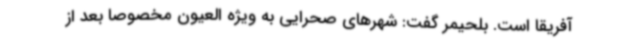
آفریقا است. بلحیمر گفت: شهرهای صحرایی به ویژه العیون مخصوصا بعد از